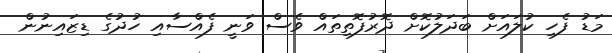
މަޑު ފެހި ކުލައަށް ބަދަލުކޮށް ދޮރުފޮތިތައް ވެސް ވަނީ ފެއްސާއި ހުދުގެ ޑިޒައިނުން